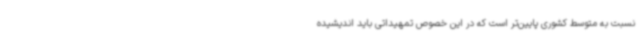
نسبت به متوسط کشوری پایین‌تر است که در این خصوص تمهیداتی باید اندیشیده